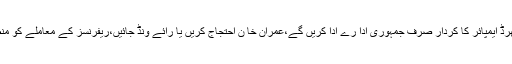
طلال چوہدری نے کہا کہ تھرڈ ایمپائر کا کردار صرف جمہوری ادا رے ادا کریں گے،عمران خا ن احتجاج کریں یا رائے ونڈ جائیں،ریفرنسز کے معاملے کو منطقی انجام تک پہنچائیں گے۔